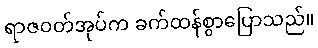
ရာဇဝတ်အုပ်က ခက်ထန်စွာပြောသည်။